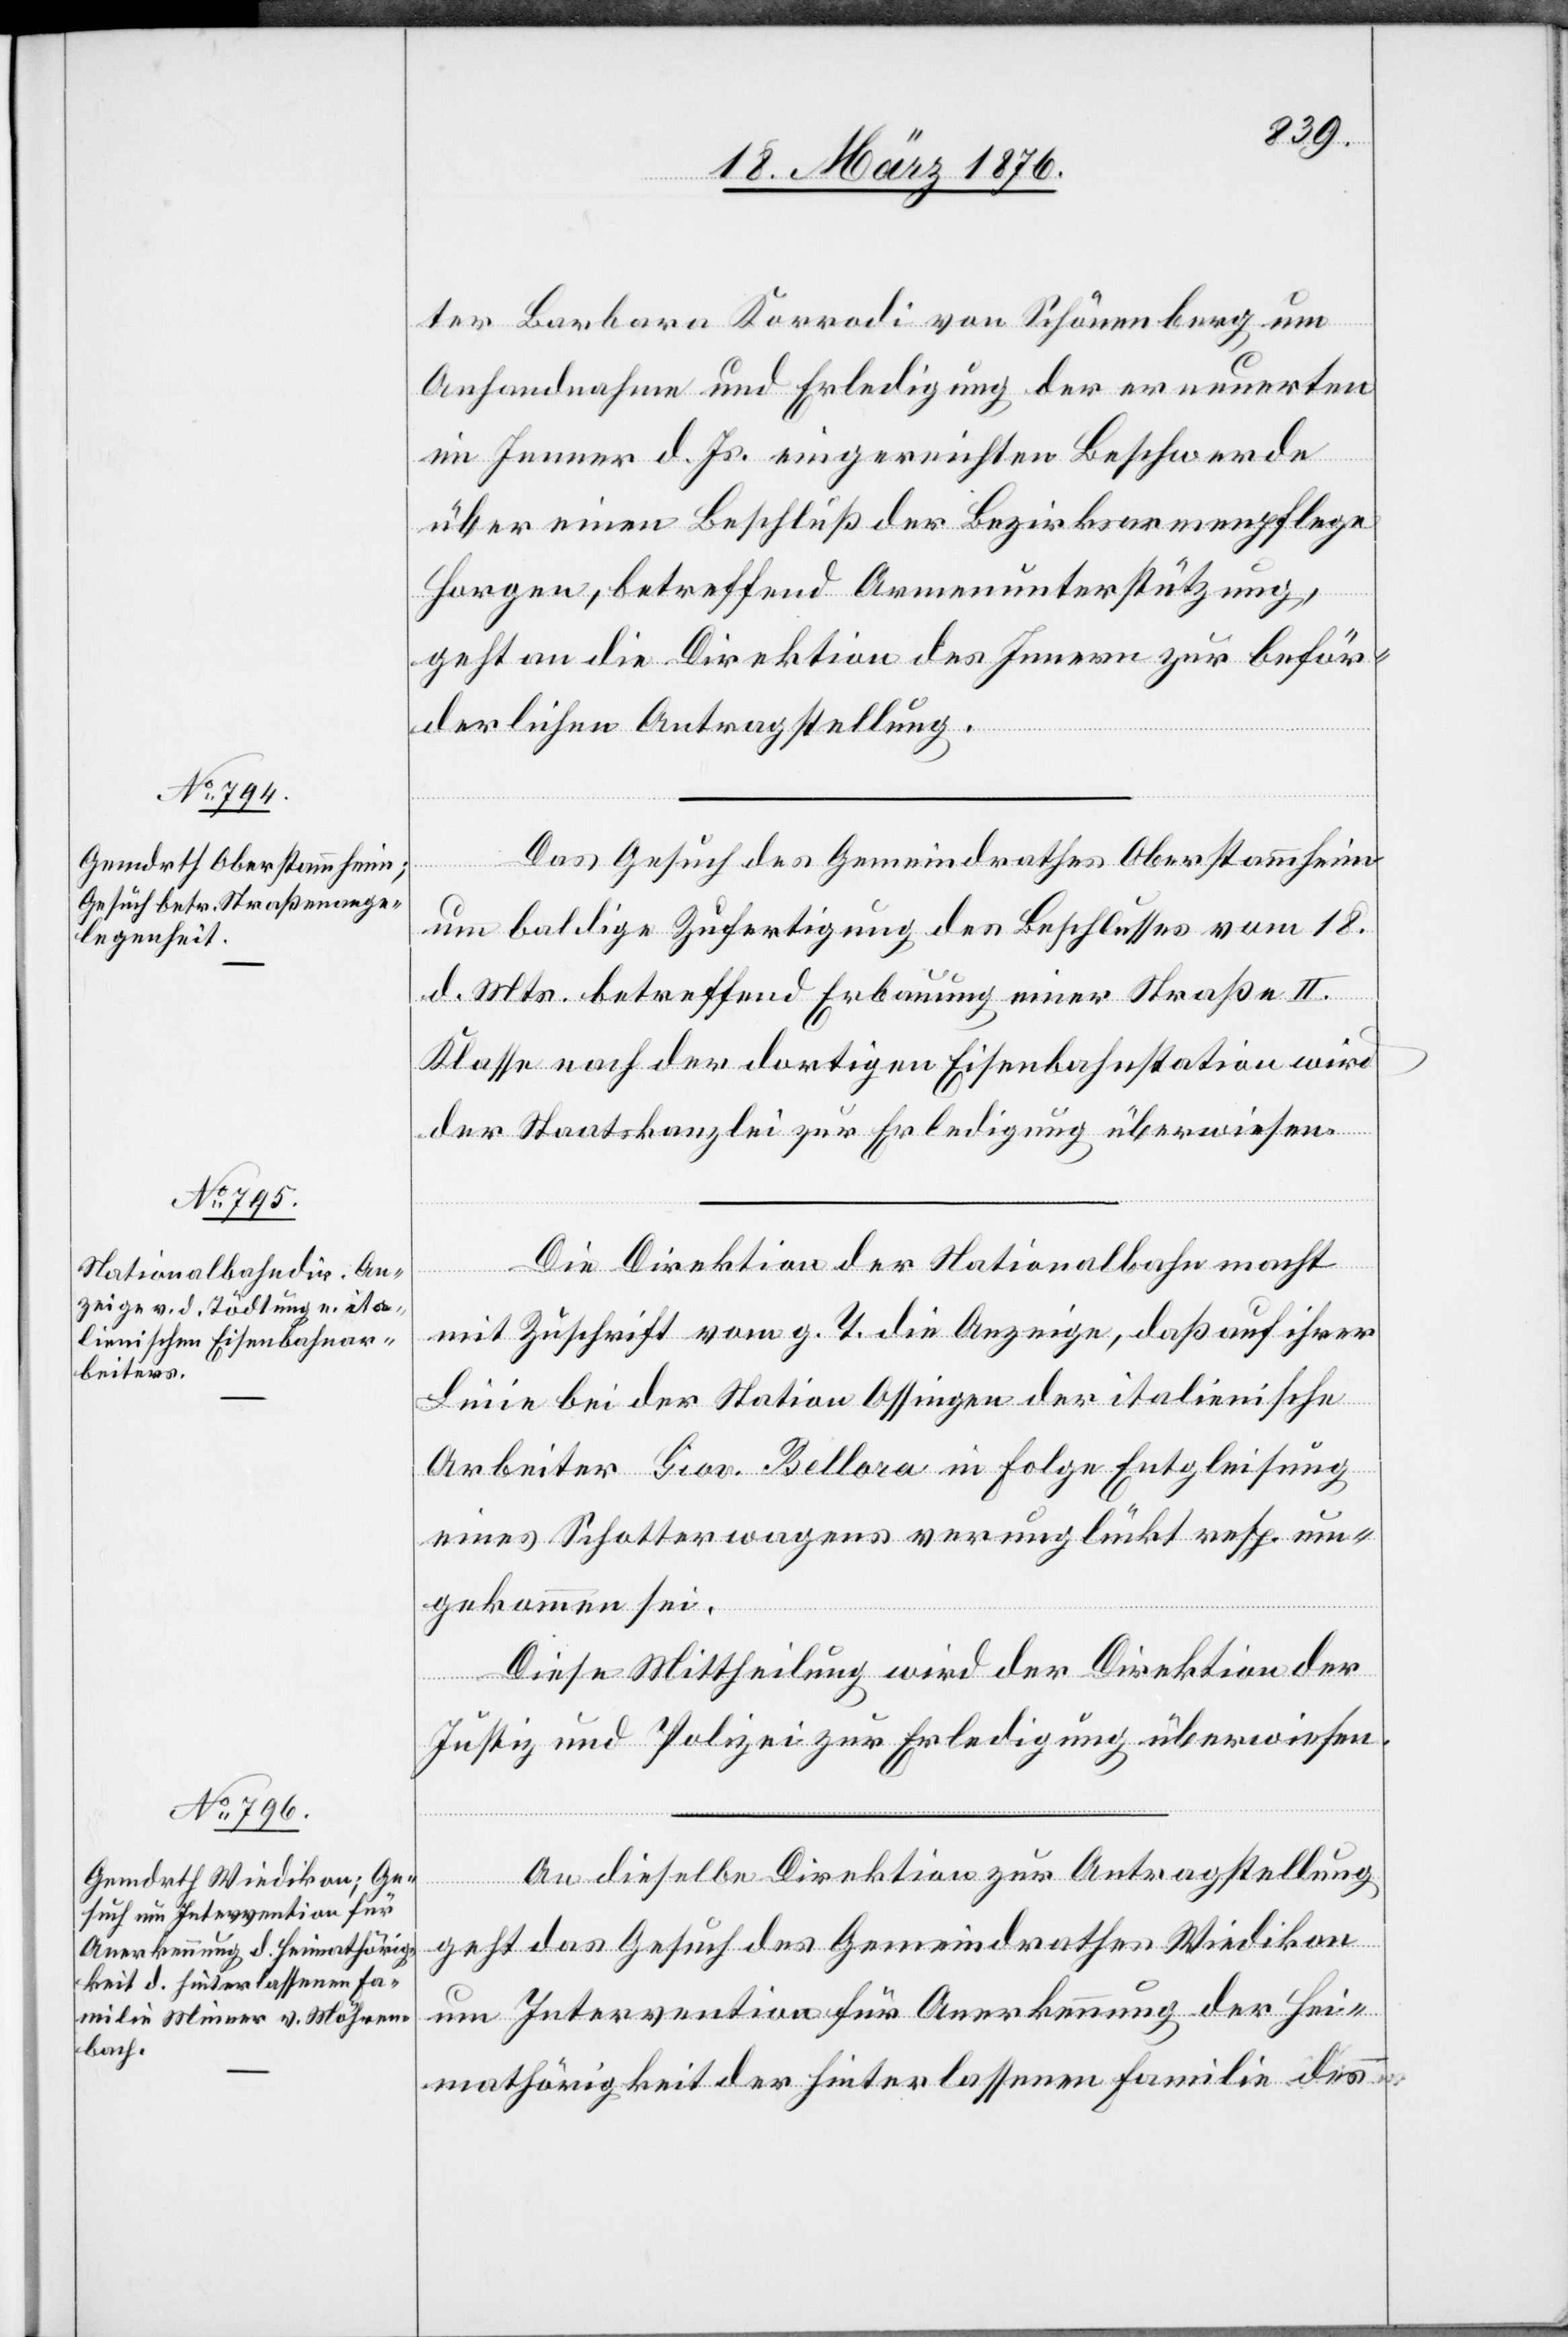
23. März 1876.]
ter Barbara Korrodi von Schönenberg um
Anhandnahme und Erledigung der erneuerten
im Jenner d. Js. eingereichten Beschwerde
über einen Beschluß der Bezirksarmenpflege
Horgen, betreffend Armenunterstützung,
geht an die Direktion des Innern zur beför¬
derlichen Antragstellung.
Das Gesuch des Gemeindrathes Oberstammheim
[Fortsetzung
um baldige Zufertigung des Beschlusses vom 18.
d. Mts. betreffend Erbauung einer Straße II.
Klasse nach der dortigen Eisenbahnstation wird
der Staatskanzlei zur Erledigung überwiesen.
Die Direktion der Nationalbahn macht
mit Zuschrift vom g. T. die Anzeige, daß auf ihrer
Linie bei der Station Ossingen der italienische
Arbeiter Giov. Bellora in Folge Entgleisung
eines Schotterwagens verunglückt resp. um¬
gekommen sei.
Diese Mittheilung wird der Direktion der
Justiz und Polizei zur Erledigung überwiesen.
An dieselbe Direktion zur Antragstellung
geht das Gesuch des Gemeindrathes Wiedikon
um Intervention für Anerkennung der Hei¬
mathörigkeit der Hinterlassenen Familie des